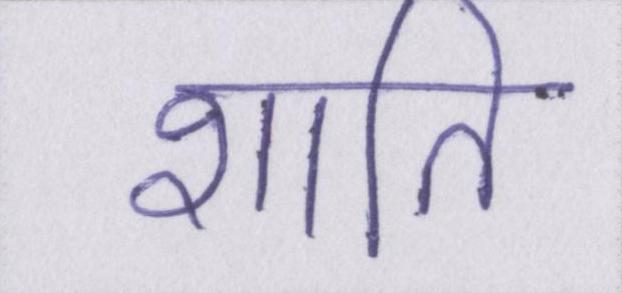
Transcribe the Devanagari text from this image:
शाति